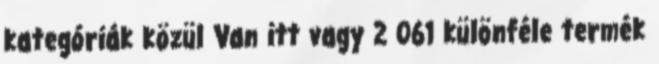
kategóriák közül Van itt vagy 2 061 különféle termék